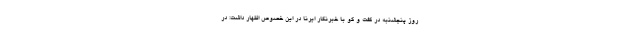
روز پنجشنبه در گفت و گو با خبرنگار ایرنا در این خصوص اظهار داشت: در